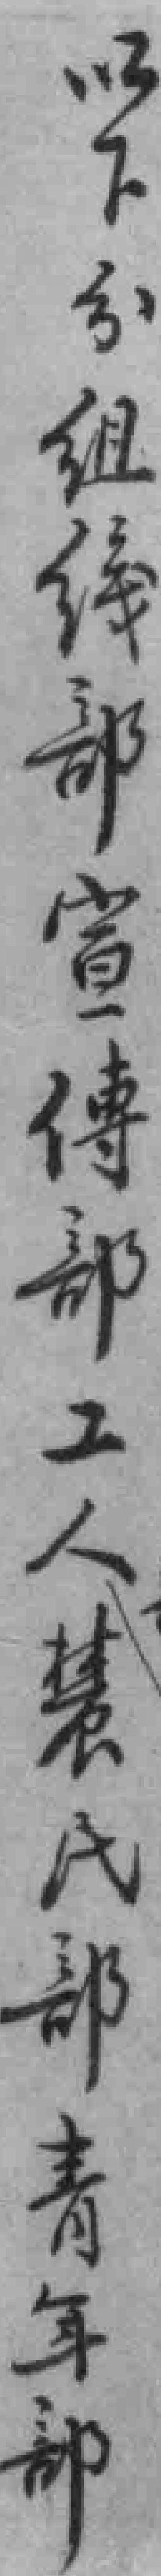
以下分组織部宣傳部工人慧民部青年部